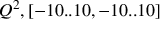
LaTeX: Q ^ { 2 } , [ - 1 0 . . 1 0 , - 1 0 . . 1 0 ]